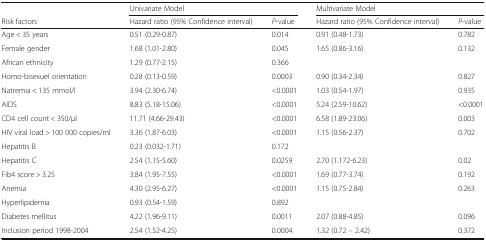
|  | <COLSPAN=2> Univariate Model | <COLSPAN=2> Multivariate Model |
 | Risk factors | Hazard ratio (95% Confidence interval) | P-value | Hazard ratio (95% Confidence interval) | P-value |
 | --- | --- | --- | --- | --- |
 | Age < 35 years | 0.51 (0.29-0.87) | 0.014 | 0.91 (0.48-1.73) | 0.782 |
 | Female gender | 1.68 (1.01-2.80) | 0.045 | 1.65 (0.86-3.16) | 0.132 |
 | African ethnicity | 1.29 (0.77-2.15) | 0.366 |  |  |
 | Homo-bisexuel orientation | 0.28 (0.13-0.59) | 0.0003 | 0.90 (0.34-2.34) | 0.827 |
 | Natremia < 135 mmol/l | 3.94 (2.30-6.74) | <0.0001 | 1.03 (0.54-1.97) | 0.935 |
 | AIDS | 8.83 (5.18-15.06) | <0.0001 | 5.24 (2.59-10.62) | <0.0001 |
 | CD4 cell count < 350/μl | 11.71 (4.66-29.43) | <0.0001 | 6.58 (1.89-23.06) | 0.003 |
 | HIV viral load > 100 000 copies/ml | 3.36 (1.87-6.03) | <0.0001 | 1.15 (0.56-2.37) | 0.702 |
 | Hepatitis B | 0.23 (0.032-1.71) | 0.172 |  |  |
 | Hepatitis C | 2.54 (1.15-5.60) | 0.0259 | 2.70 (1.172-6.23) | 0.02 |
 | Fib4 score > 3.25 | 3.84 (1.95-7.55) | <0.0001 | 1.69 (0.77-3.74) | 0.192 |
 | Anemia | 4.30 (2.95-6.27) | <0.0001 | 1.15 (0.75-2.84) | 0.263 |
 | Hyperlipidemia | 0.93 (0.54-1.59) | 0.892 |  |  |
 | Diabetes mellitus | 4.22 (1.96-9.11) | 0.0011 | 2.07 (0.88-4.85) | 0.096 |
 | Inclusion period 1998-2004 | 2.54 (1.52-4.25) | 0.0004 | 1.32 (0.72 – 2.42) | 0.372 |